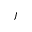
j